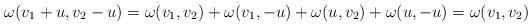
LaTeX: \begin{align*}\omega(v_1 + u, v_2 - u) = \omega(v_1, v_2) + \omega(v_1, -u) + \omega(u, v_2) + \omega(u, -u) = \omega(v_1, v_2)\end{align*}